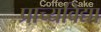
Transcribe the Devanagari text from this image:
प्राच्‍यविद्या